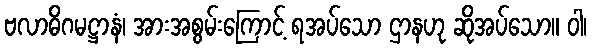
ဗလာဓိဂမဋ္ဌာနံ၊ အားအစွမ်းကြောင့် ရအပ်သော ဌာနဟု ဆိုအပ်သော။ ဝါ၊